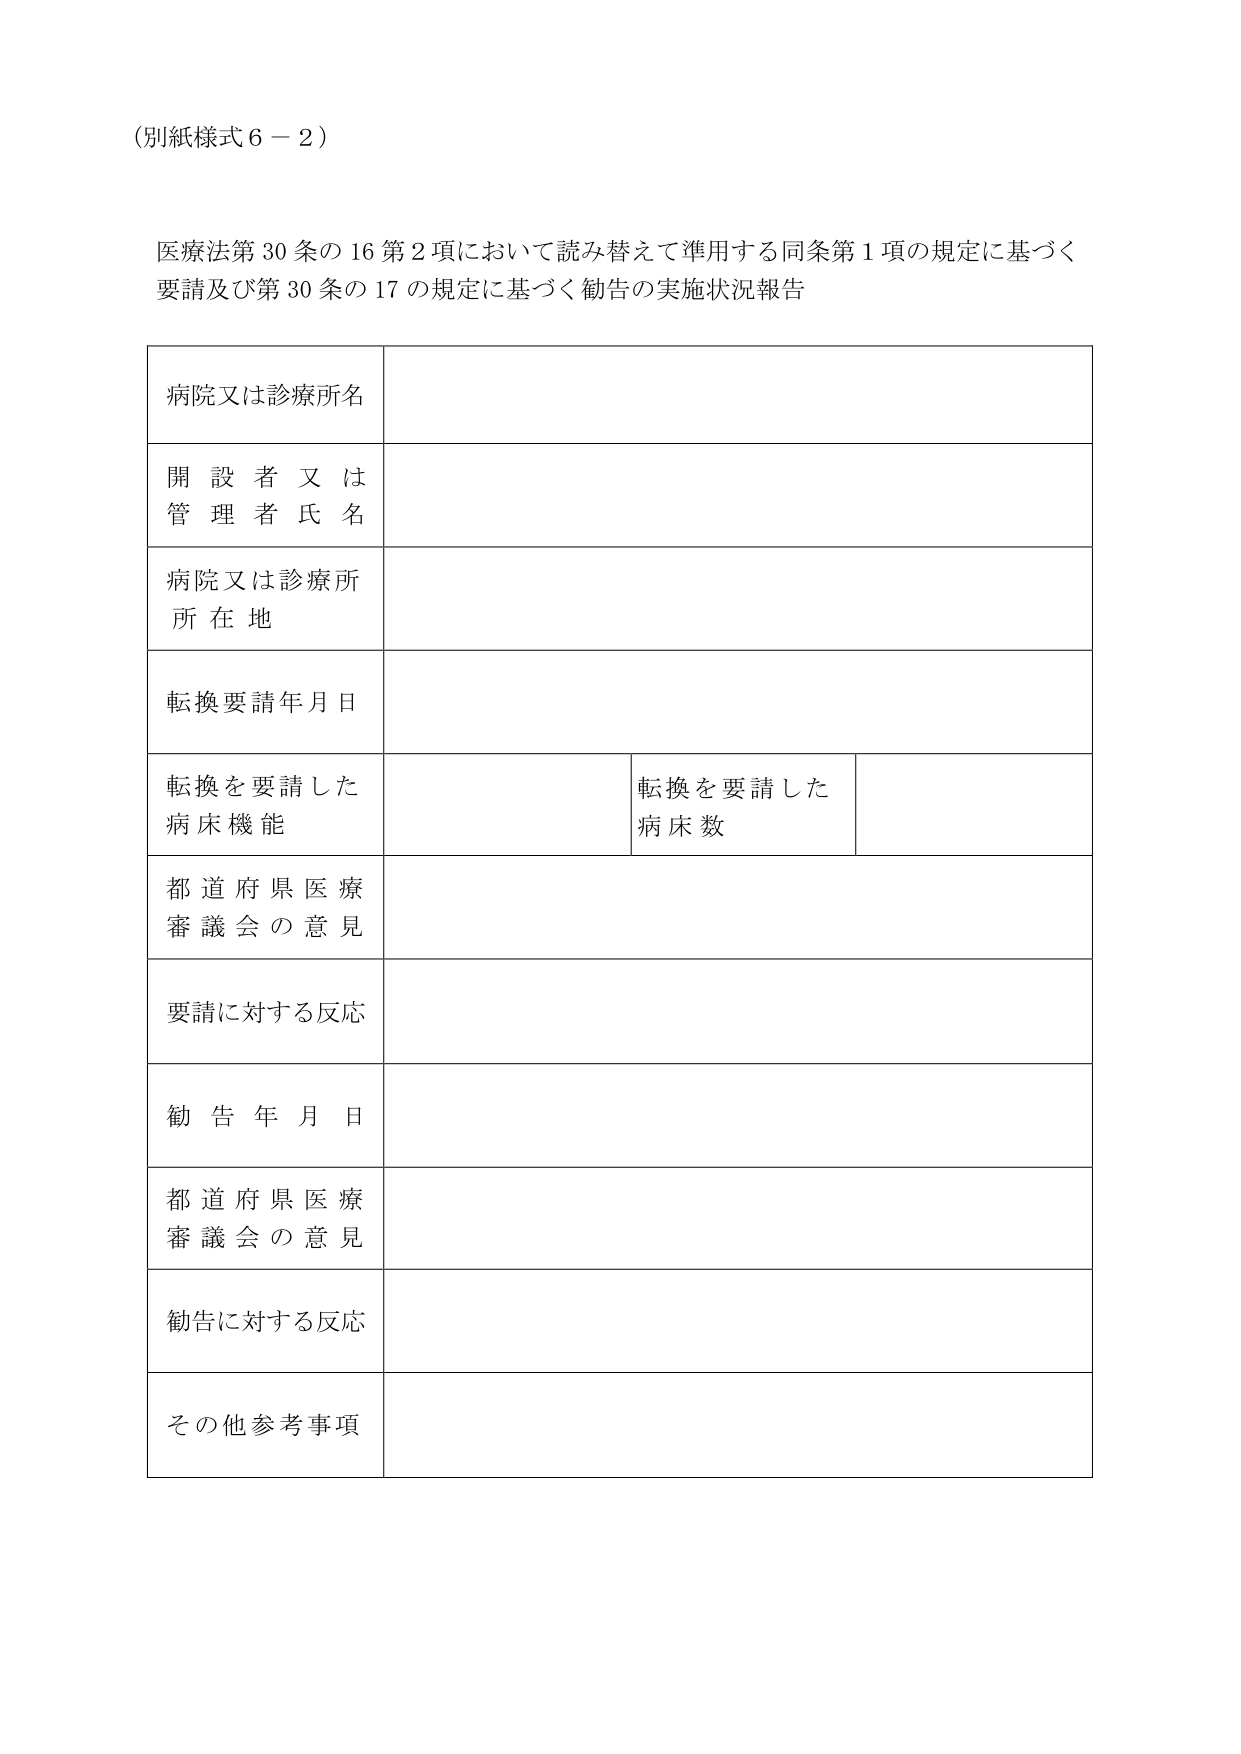
（別紙様式６－２）

医療法第30条の16第2項において読み替えて準用する同条第1項の規定に基づく
要請及び第30条の17の規定に基づく勧告の実施状況報告

病院又は診療所名

開設者又は
管理者氏名

病院又は診療所
所在地

転換要請年月日

転換を要請した
病床機能

転換を要請した
病床数

都道府県医療
審議会の意見

要請に対する反応

勧告年月日

都道府県医療
審議会の意見

勧告に対する反応

その他参考事項